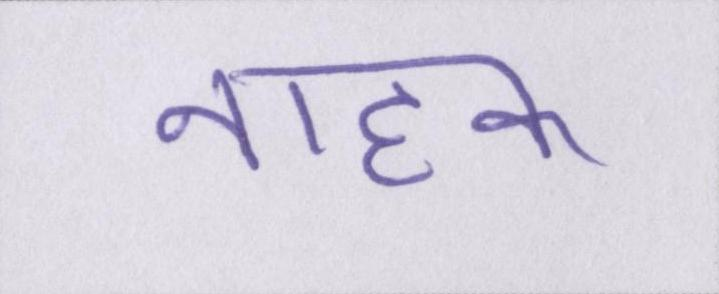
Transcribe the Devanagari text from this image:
नाहक